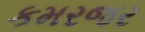
કમરજર